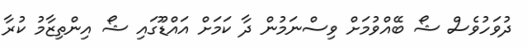
ދުވަހުވެސް ޝޯ ބޭއްވުމަށް ވިސްނަމުން ދާ ކަމަށް އައްޑޫގައި ޝޯ އިންތިޒާމު ކުރާ